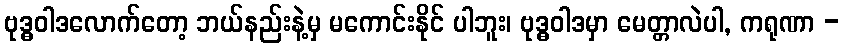
ဗုဒ္ဓဝါဒလောက်တော့ ဘယ်နည်းနဲ့မှ မကောင်းနိုင် ပါဘူး၊ ဗုဒ္ဓဝါဒမှာ မေတ္တာလဲပါ, ကရုဏာ -